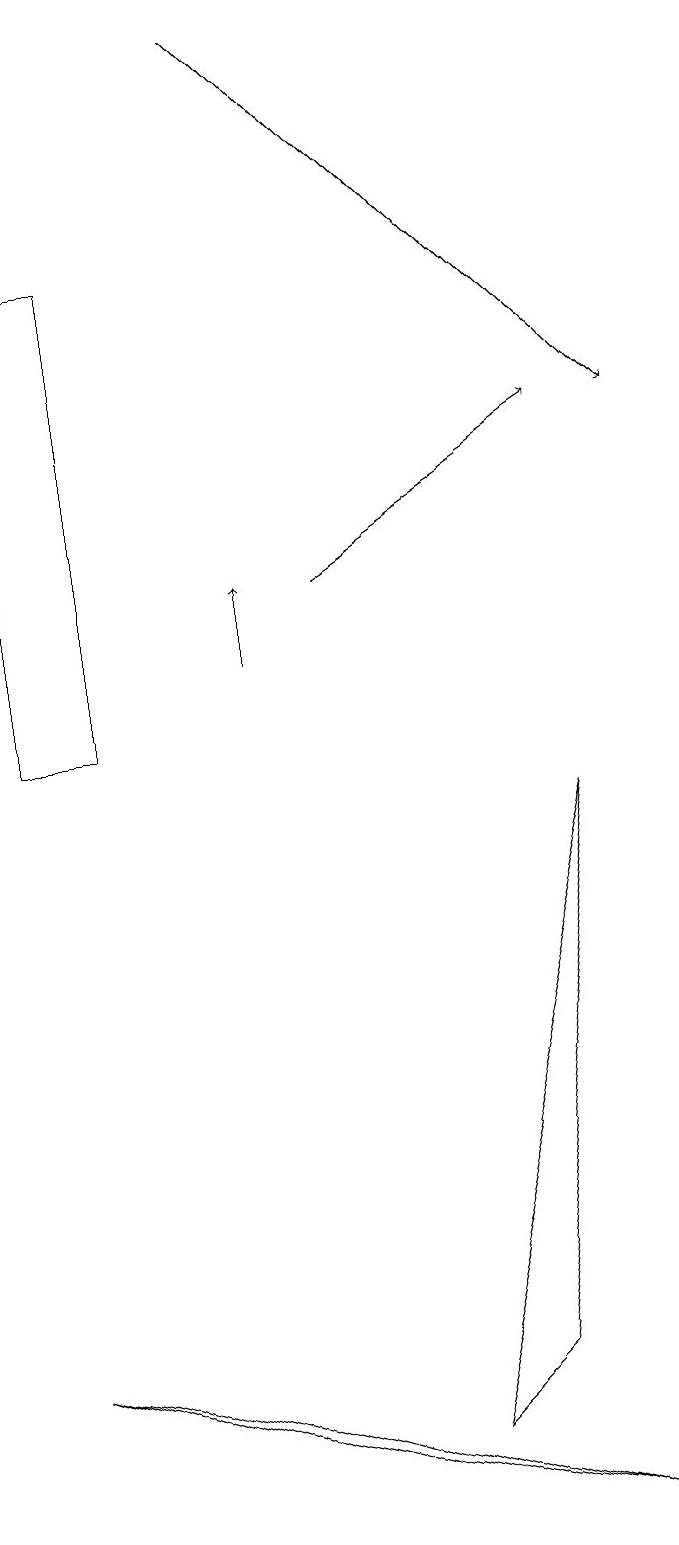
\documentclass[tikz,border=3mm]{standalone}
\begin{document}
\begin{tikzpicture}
\draw (7,2) -- (6,1) -- (8,9) -- cycle;
\draw[->] (5,12) -- (8,14);
\draw (8,0) -- (4,1) -- (1,2) -- cycle;
\draw (2,16) rectangle (1,10);
\draw[->] (4,11) -- (4,12);
\draw[->] (4,19) -- (9,14);
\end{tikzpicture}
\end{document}